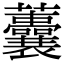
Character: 𧅺